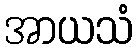
အာယသံ